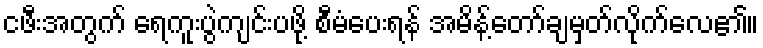
ငဖီးအတွက် ရေကူးပွဲကျင်းပဖို့ စီမံပေးရန် အမိန့်တော်ချမှတ်လိုက်လေ၏။